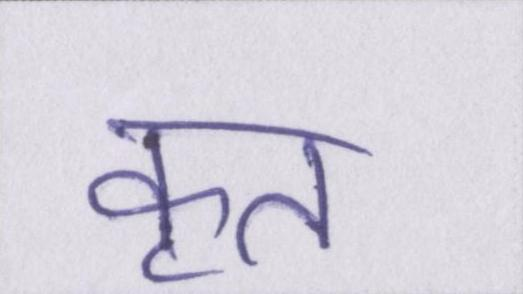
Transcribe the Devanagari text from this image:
कृत